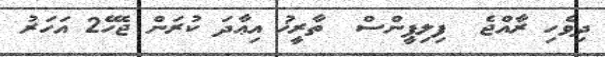
ދިވެހި ރާއްޖެ  ފިލިޕީންސް  ތާރީޚު އިޢާދަ ކުރަން ޖެހޭ2 އަހަރު